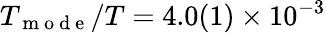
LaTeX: T_{\mathrm{~m~o~d~e~}}/T=4.0(1)\times 10^{-3}